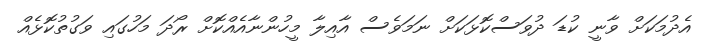
އެދުމަކަށް ވާނީ ކުޑަ ދުވަސްކޮޅަކަށް ނަމަވެސް އާއިލާ މީހުންނާއެއްކޮށް ރޯދަ މަހުގައި ވަގުތުކޮޅެއް